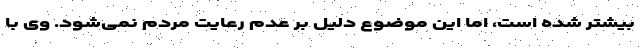
بیشتر شده است، اما این موضوع دلیل بر عدم رعایت مردم نمی‌شود. وی با